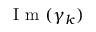
\mathrm { ~ I ~ m ~ } ( \gamma _ { k } )